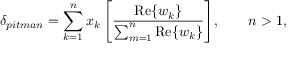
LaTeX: \delta _ { p i t m a n } = \sum _ { k = 1 } ^ { n } { x _ { k } \left[ { \frac { { \mathrm { R e } } \{ w _ { k } \} } { \sum _ { m = 1 } ^ { n } { { \mathrm { R e } } \{ w _ { k } \} } } } \right] } , \qquad n > 1 ,